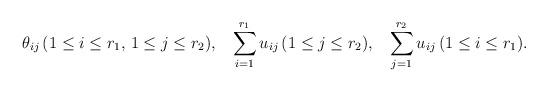
LaTeX: \begin{align*} \theta_{ij} &\,(1\leq i\leq r_1,\,1\leq j\leq r_2), & \sum_{i=1}^{r_1} u_{ij} &\,(1\leq j\leq r_2), & \sum_{j=1}^{r_2} u_{ij} &\,(1\leq i\leq r_1).\end{align*}